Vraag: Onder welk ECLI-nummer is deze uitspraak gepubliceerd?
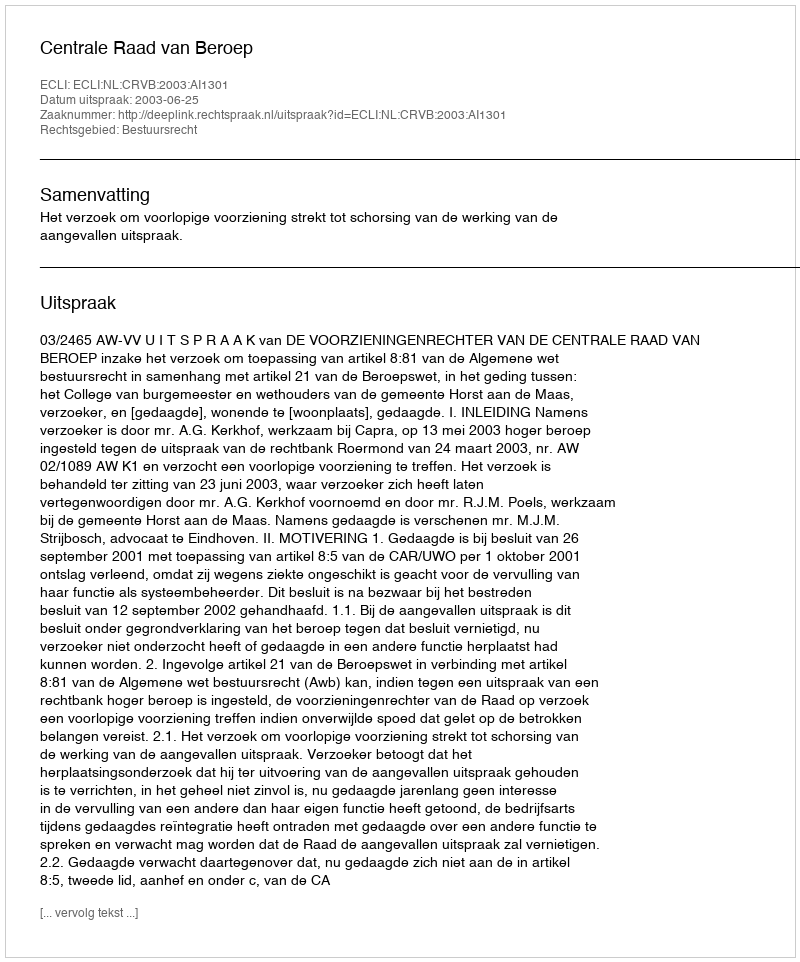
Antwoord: ECLI:NL:CRVB:2003:AI1301